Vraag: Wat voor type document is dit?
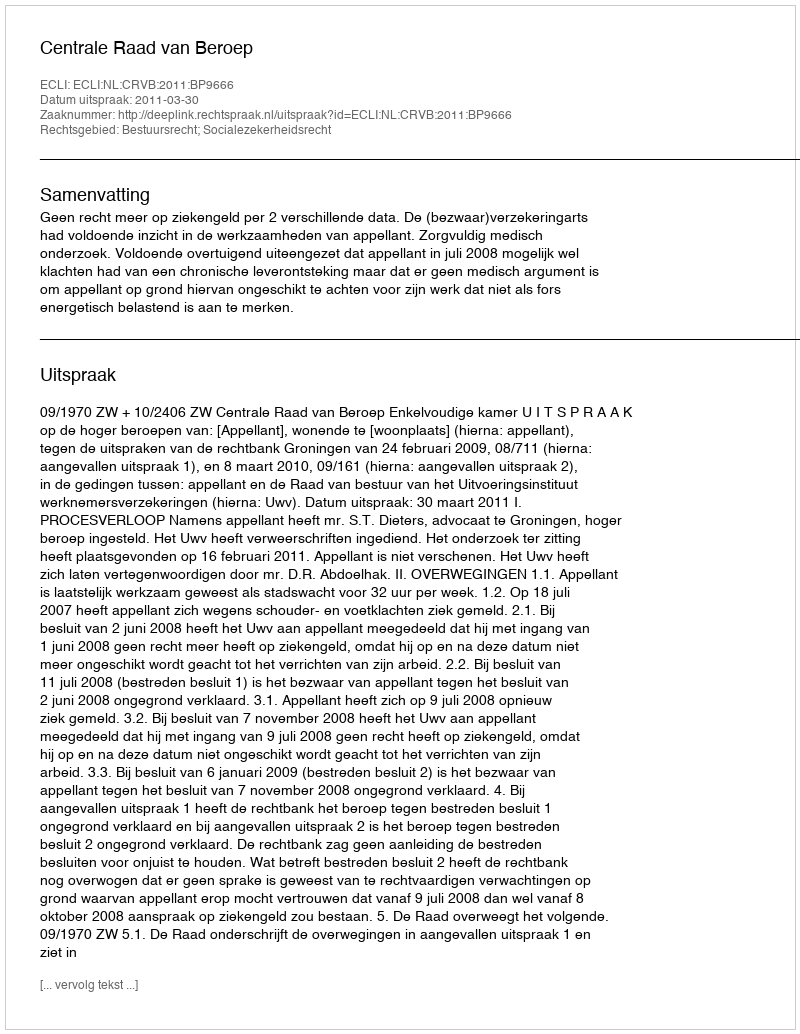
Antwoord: Uitspraak